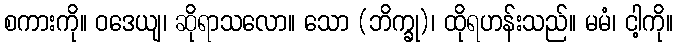
စကားကို။ ဝဒေယျ၊ ဆိုရာသလော။ သော (ဘိက္ခု)၊ ထိုရဟန်းသည်။ မမံ၊ ငါ့ကို။